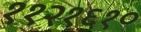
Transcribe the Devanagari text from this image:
११२१६१०